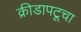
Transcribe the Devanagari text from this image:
क्रीडापटूचा